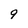
Character: 9